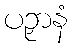
ပဉှာနံ